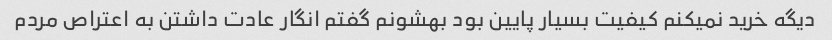
دیگه خرید نمیکنم کیفیت بسیار پایین بود بهشونم گفتم انگار عادت داشتن به اعتراص مردم